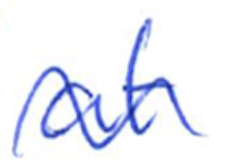
Text: at
Cross-out: wave
Writing tool: ballpoint